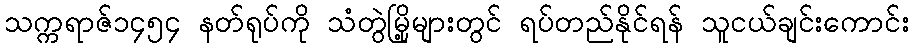
သက္ကရာဇ်၁၄၅၄ နတ်ရုပ်ကို သံတွဲမြို့များတွင် ရပ်တည်နိုင်ရန် သူငယ်ချင်းကောင်း